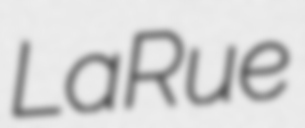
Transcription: LaRue